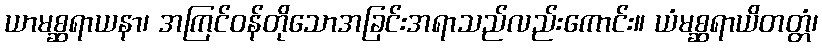
ယာမစ္ဆရာယနာ၊ အကြင်ဝန်တိုသောအခြင်းအရာသည်လည်းကောင်း။ ယံမစ္ဆရာယိတတ္တံ၊